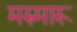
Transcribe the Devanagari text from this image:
मरुमारू